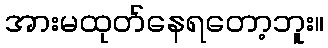
အားမထုတ်နေရတော့ဘူး။